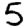
Digit: 5